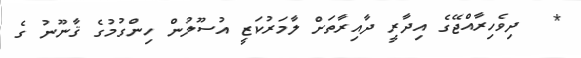
*  ދިވެހިރާއްޖޭގެ އިދާރީ ދާއިރާތަށް ލާމަރުކަޒީ އުސޫލުން ހިންގުމުގެ ޤާނޫނު ގެ